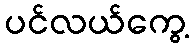
ပင်လယ်ကွေ့